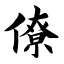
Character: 僚